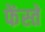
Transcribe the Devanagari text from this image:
फेंस्तें